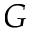
G